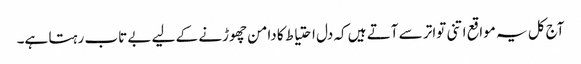
آج کل یہ مواقع اتنی تواتر سے آتے ہیں کہ دل احتیاط کا دامن چھوڑنے کے لیے بے تاب رہتا ہے۔